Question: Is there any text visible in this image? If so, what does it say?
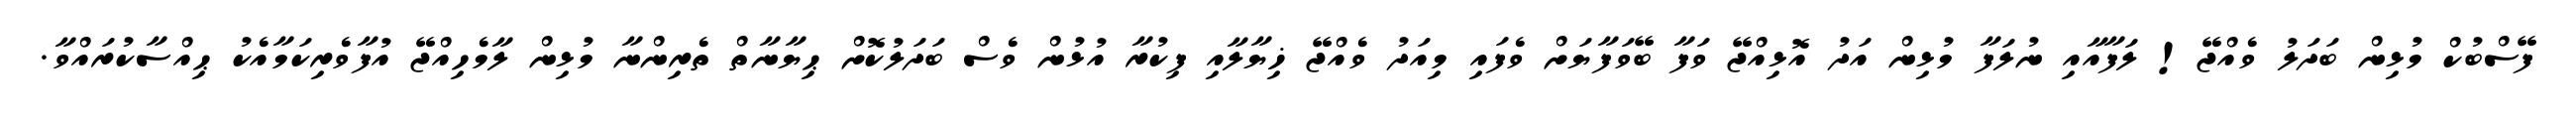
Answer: ފޭސްބުކް މުޅިން ބަދަލު ވެއްޖޭ! ލަފާއާއި ނުލަފާ މުޅިން އަދު އޮޅިއްޖޭ ވަފާ ބޭވަފާޔަށް ވެފައި މިއަދު ވެއްޖޭ ޚިޔާލާއި ފިކުރާ އުޅުން ވެސް ބަދަލުކޮށް ޙިޔާނާތް ތެރިންނާ މުޅިން ލާމެހިއްޖޭ އުފާވެރިކަމާއެކު ޙިއްސާކުރައްވާ.